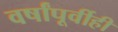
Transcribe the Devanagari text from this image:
वर्षांपूर्वीही